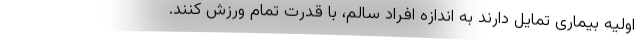
اولیه بیماری تمایل دارند به اندازه افراد سالم، با قدرت تمام ورزش کنند.